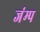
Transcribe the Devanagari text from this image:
जंम्प